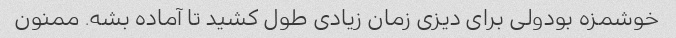
خوشمزه بودولی برای دیزی زمان زیادی طول کشید تا آماده بشه. ممنون